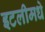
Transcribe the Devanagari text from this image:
इटलीमधे